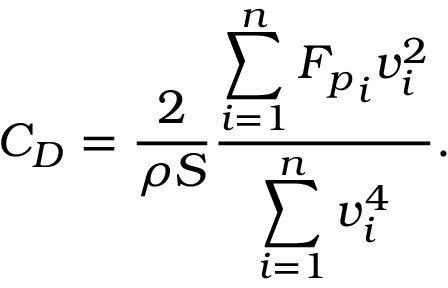
C _ { D } = \frac { 2 } { \rho S } \frac { \displaystyle \sum _ { i = 1 } ^ { n } { F _ { p } } _ { i } v _ { i } ^ { 2 } } { \displaystyle \sum _ { i = 1 } ^ { n } v _ { i } ^ { 4 } } .